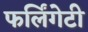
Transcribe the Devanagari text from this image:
फर्लिंगेटी